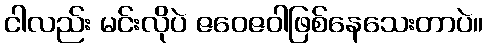
ငါလည်း မင်းလိုပဲ ဇဝေဇဝါဖြစ်နေသေးတာပဲ။